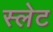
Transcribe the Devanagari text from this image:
स्‍लेट